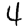
Digit: 4